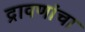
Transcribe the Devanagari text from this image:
द्रावणांचा